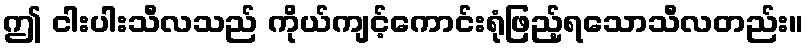
ဤ ငါးပါးသီလသည် ကိုယ်ကျင့်ကောင်းရုံဖြည့်ရသောသီလတည်း။